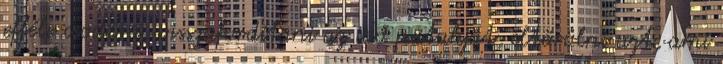
efféle csodára, visszafordítani az idő patakját, eltörölni azt, ami